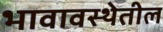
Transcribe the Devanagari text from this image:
भावावस्थेतील